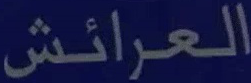
العرايش